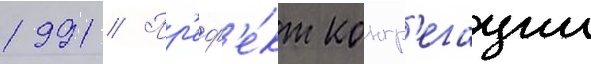
1991 // Пр'еф'е́кт конгр'егации